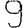
Digit: 9